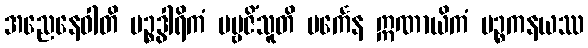
အညေနေဝါတိ ပဉ္စဒွါရိကံ ပဗ္ဗဇိံသူတိ ပင်္ကေန ဣဏာယိကံ ပဉ္စကနယဿ